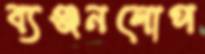
ব্যঞ্জনলোপ